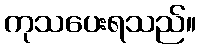
ကုသပေးရသည်။